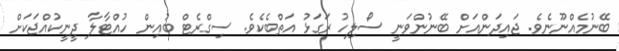
ބޭނުމެއްނޫނެވެ. ޖައިދަންއަށް ބޭނުންވަނީ ސޯލިހު ރަގަޅު އަތްބެކެވެ. ސިގްރެޓް ބުއިން ހުއްޓާލާ ދީނީކުއްޖަކަށް